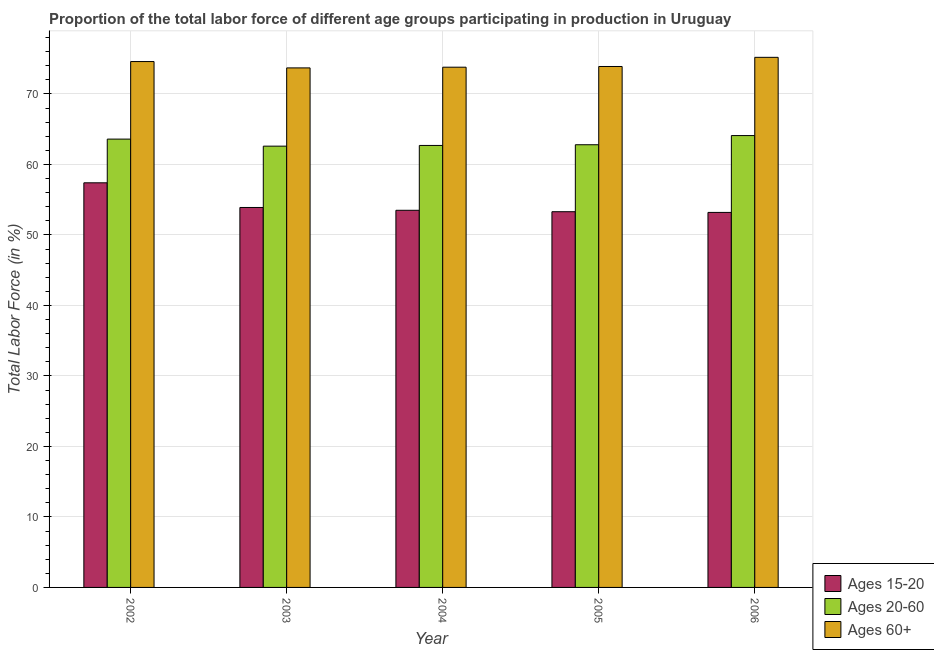
| Year | Ages 15-20 | Ages 20-60 | Ages 60+ |
 | --- | --- | --- | --- |
 | 2002 | 57.4 | 63.6 | 74.6 |
 | 2003 | 53.9 | 62.6 | 73.7 |
 | 2004 | 53.5 | 62.7 | 73.8 |
 | 2005 | 53.3 | 62.8 | 73.9 |
 | 2006 | 53.2 | 64.1 | 75.2 |